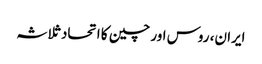
ایران، روس اور چین کا اتحاد ثلاثہ